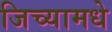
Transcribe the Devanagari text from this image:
जिच्यामधे